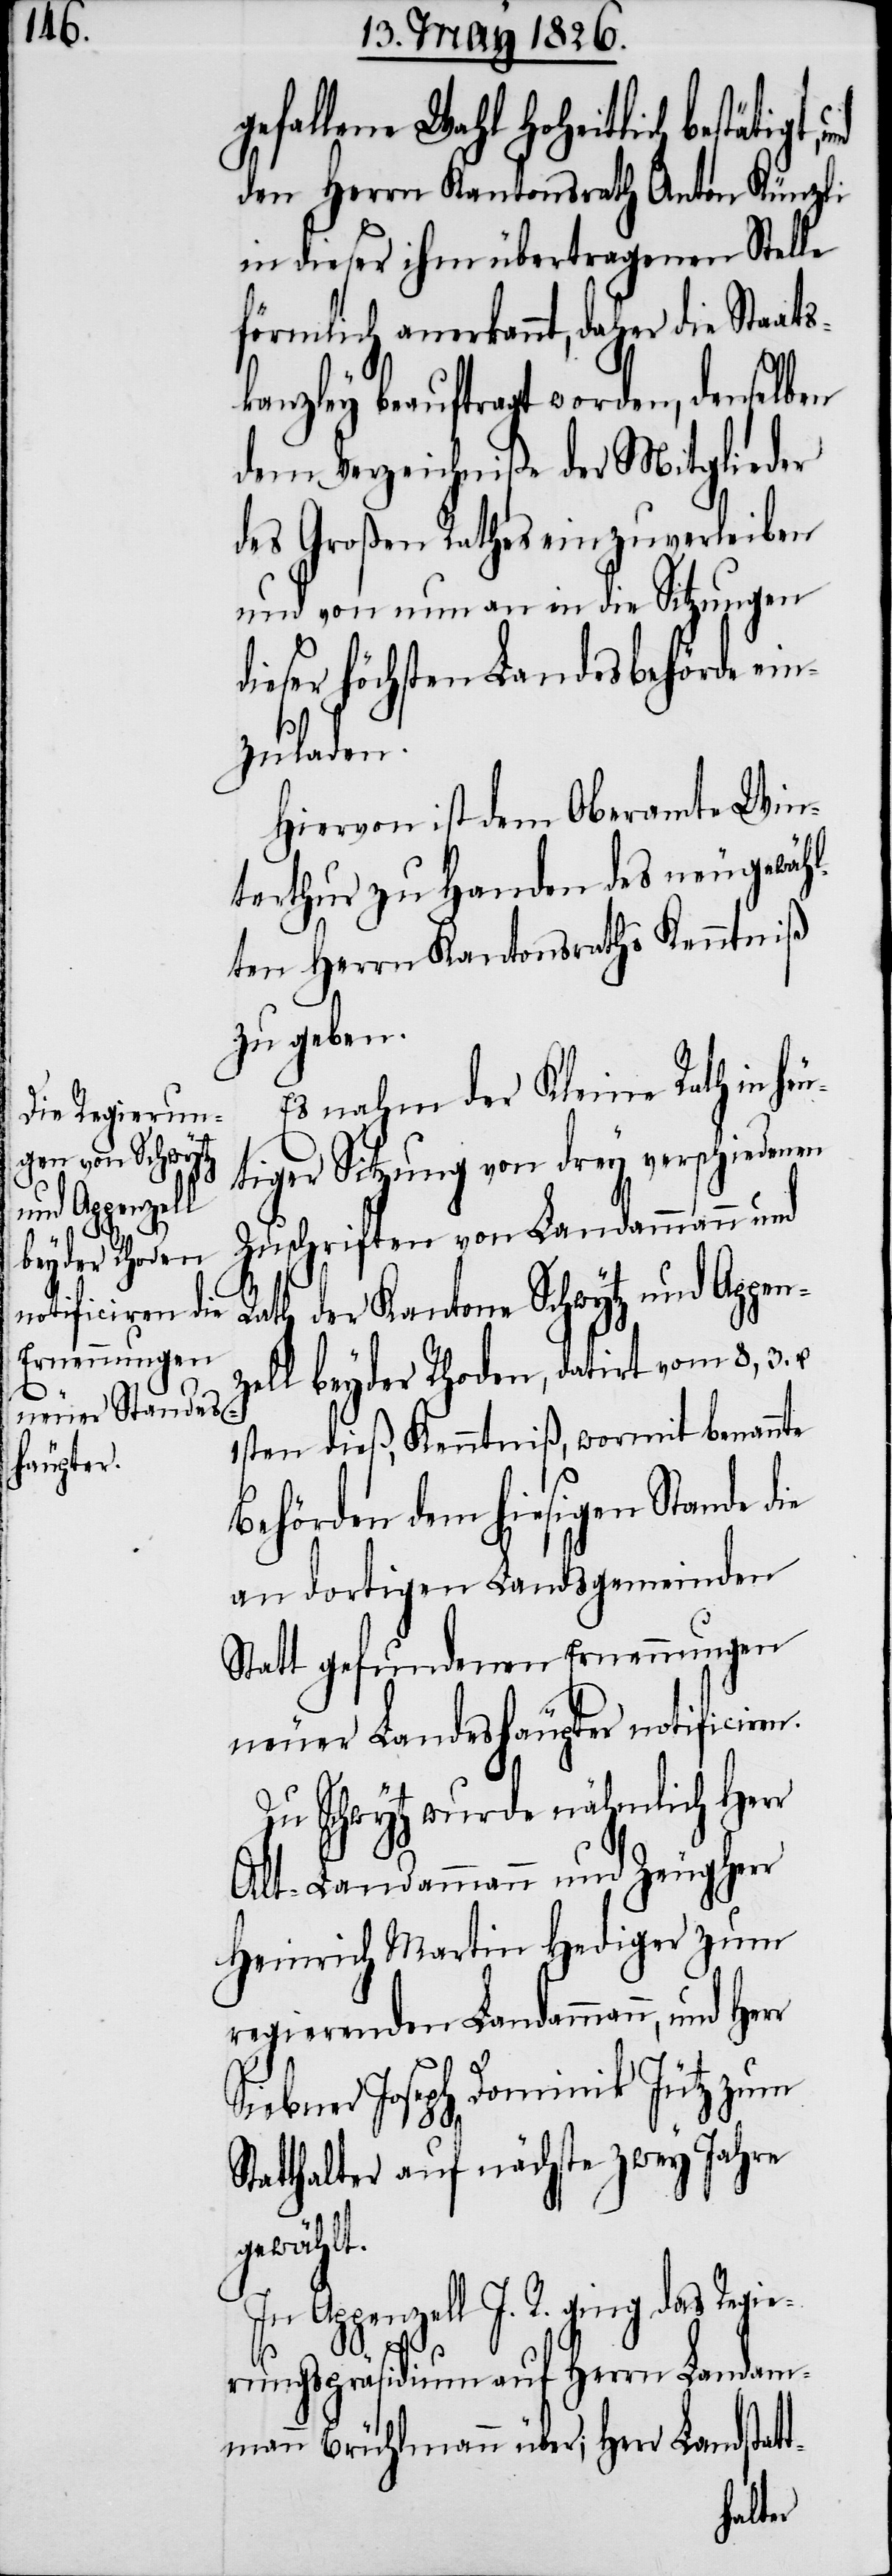
gefallene Wahl hoheitlich bestätigt,
den Herrn Kantonsrath Anton Künzli
in dieser ihm übertragenen Stelle
förmlich anerkannt, daher die Staats¬
kanzley beauftragt worden, denselben
dem Verzeichniße der Mitglieder
des Großen Rathes einzuverleiben
und von nun an in die Sitzungen
dieser höchsten Landesbehörde ein¬
zuladen.
Hiervon ist dem Oberamte Win¬
terthur zu Handen des neugewäh¬
lten Herrn Kantonsraths Kenntniß
zu geben.
Es nahm der Kleine Rath in he¬
utiger Sitzung von drey verschiedenen
Zuschriften von Landammann und
Rath der Kantone Schwytz und Appen¬
zell beyder Rhoden, datirt vom 8, 3.
1sten dieß, Kenntniß, womit benannte
Behörden dem hiesigen Stande die
an dortigen Landsgemeinden
Statt gefundenen Erneuerungen
neuer Landeshäupter notificiren.
Zu Schwytz wurde nähmlich Herr
Alt-Landamann und Zeugherr
Heinrich Martin Hediger zum
regirenden Landammann, und
Siebner Joseph Dominik Jütz zum
Statthalter auf nächste zwey Jahre
gewählt.
In Appenzell I. R. ging das Regie¬
rungspräsidium auf Herrn Landam¬
mann Brühlmann über; Herr Landst¬
att-